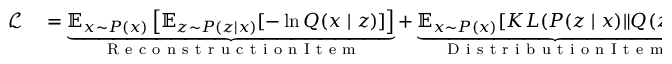
\begin{array} { r l } { \mathcal { L } } & { { } = \underbrace { \mathbb { E } _ { { x } \sim { P } ( x ) } \left[ \mathbb { E } _ { z \sim P ( z \mid x ) } [ - \ln Q ( x \mid z ) ] \right] } _ { \mathrm { ~ R ~ e ~ c ~ o ~ n ~ s ~ t ~ r ~ u ~ c ~ t ~ i ~ o ~ n ~ I ~ t ~ e ~ m ~ } } + \underbrace { \mathbb { E } _ { { x } \sim { P } ( x ) } { [ K L ( P ( z \mid x ) \| Q ( z ) ) ] } } _ { \mathrm { ~ D ~ i ~ s ~ t ~ r ~ i ~ b ~ u ~ t ~ i ~ o ~ n ~ I ~ t ~ e ~ m ~ } } } \end{array}